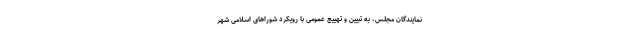
نمایندگان مجلس، به تبیین و تهییج عمومی با رویکرد شوراهای اسلامی شهر